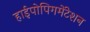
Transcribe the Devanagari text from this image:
हाईपोपिगमेंटेशन